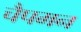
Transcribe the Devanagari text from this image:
चैपमन